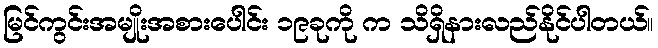
မြင်ကွင်းအမျိုးအစားပေါင်း ၁၉ခုကို က သိရှိနားလည်နိုင်ပါတယ်။